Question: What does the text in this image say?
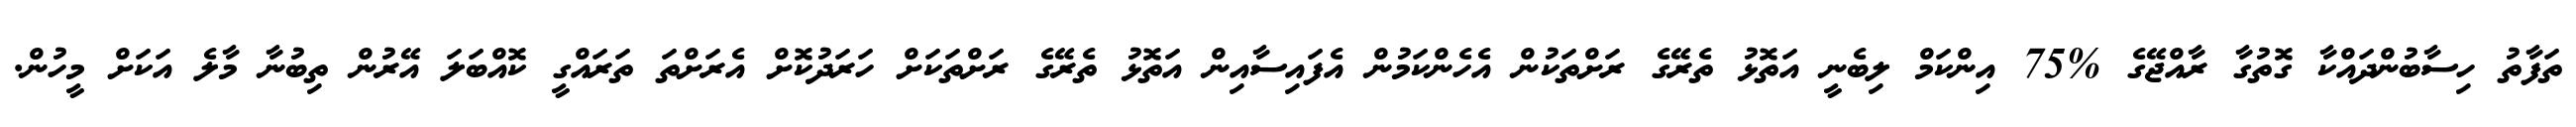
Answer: ތަފާތު ހިސާބުންދައްކާ ގޮތުގާ ރާއްޖޭގެ %75 އިންކަމް ލިބެނީ އަތޮޅު ތެރޭގެ ރަށްތަކުން އެހެންކަމުން އެފައިސާއިން އަތޮޅު ތެރޭގެ ރަށްތަކަށް ހަރަދުކޮށް އެރަށްތަ ތަރައްގީ ކޮއްބަލަ އޭރުން ތިބުނާ މާލެ އަކަށް މީހުން.